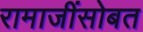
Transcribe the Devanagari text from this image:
रामाजींसोबत